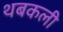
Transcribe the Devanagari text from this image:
थबकली